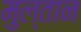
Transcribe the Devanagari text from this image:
मुल्‍तान